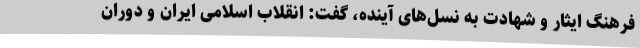
فرهنگ ایثار و شهادت به نسل‌های آینده، گفت: انقلاب اسلامی ایران و دوران